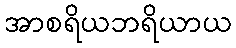
အာစရိယဘရိယာယ